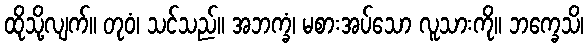
ထိုသို့လျက်။ တုဝံ၊ သင်သည်။ အဘက္ခံ၊ မစားအပ်သော လူသားကို။ ဘက္ခေသိ၊